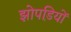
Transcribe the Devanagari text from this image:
झोपडि़यों